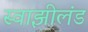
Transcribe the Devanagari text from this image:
स्वाझीलंड